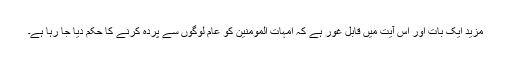
مزید ایک بات اور اس آیت میں قابل غور ہے کہ امہات المومنین کو عام لوگوں سے پردہ کرنے کا حکم دیا جا رہا ہے۔